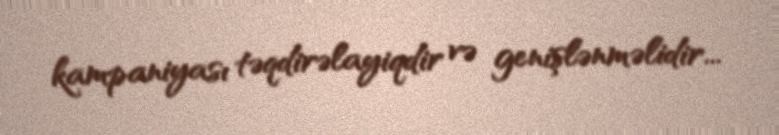
kampaniyası təqdirəlayiqdir və genişlənməlidir...